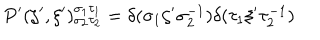
P ^ { \prime } ( \zeta ^ { \prime } , \xi ^ { \prime } ) _ { \sigma _ { 2 } \tau _ { 2 } } ^ { \sigma _ { 1 } \tau _ { 1 } } = \delta ( \sigma _ { 1 } \zeta ^ { \prime } \sigma _ { 2 } ^ { - 1 } ) \delta ( \tau _ { 1 } \xi ^ { \prime } \tau _ { 2 } ^ { - 1 } )